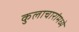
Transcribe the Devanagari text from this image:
कुलाचारांमध्ये